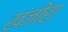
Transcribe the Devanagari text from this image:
खंजीरा